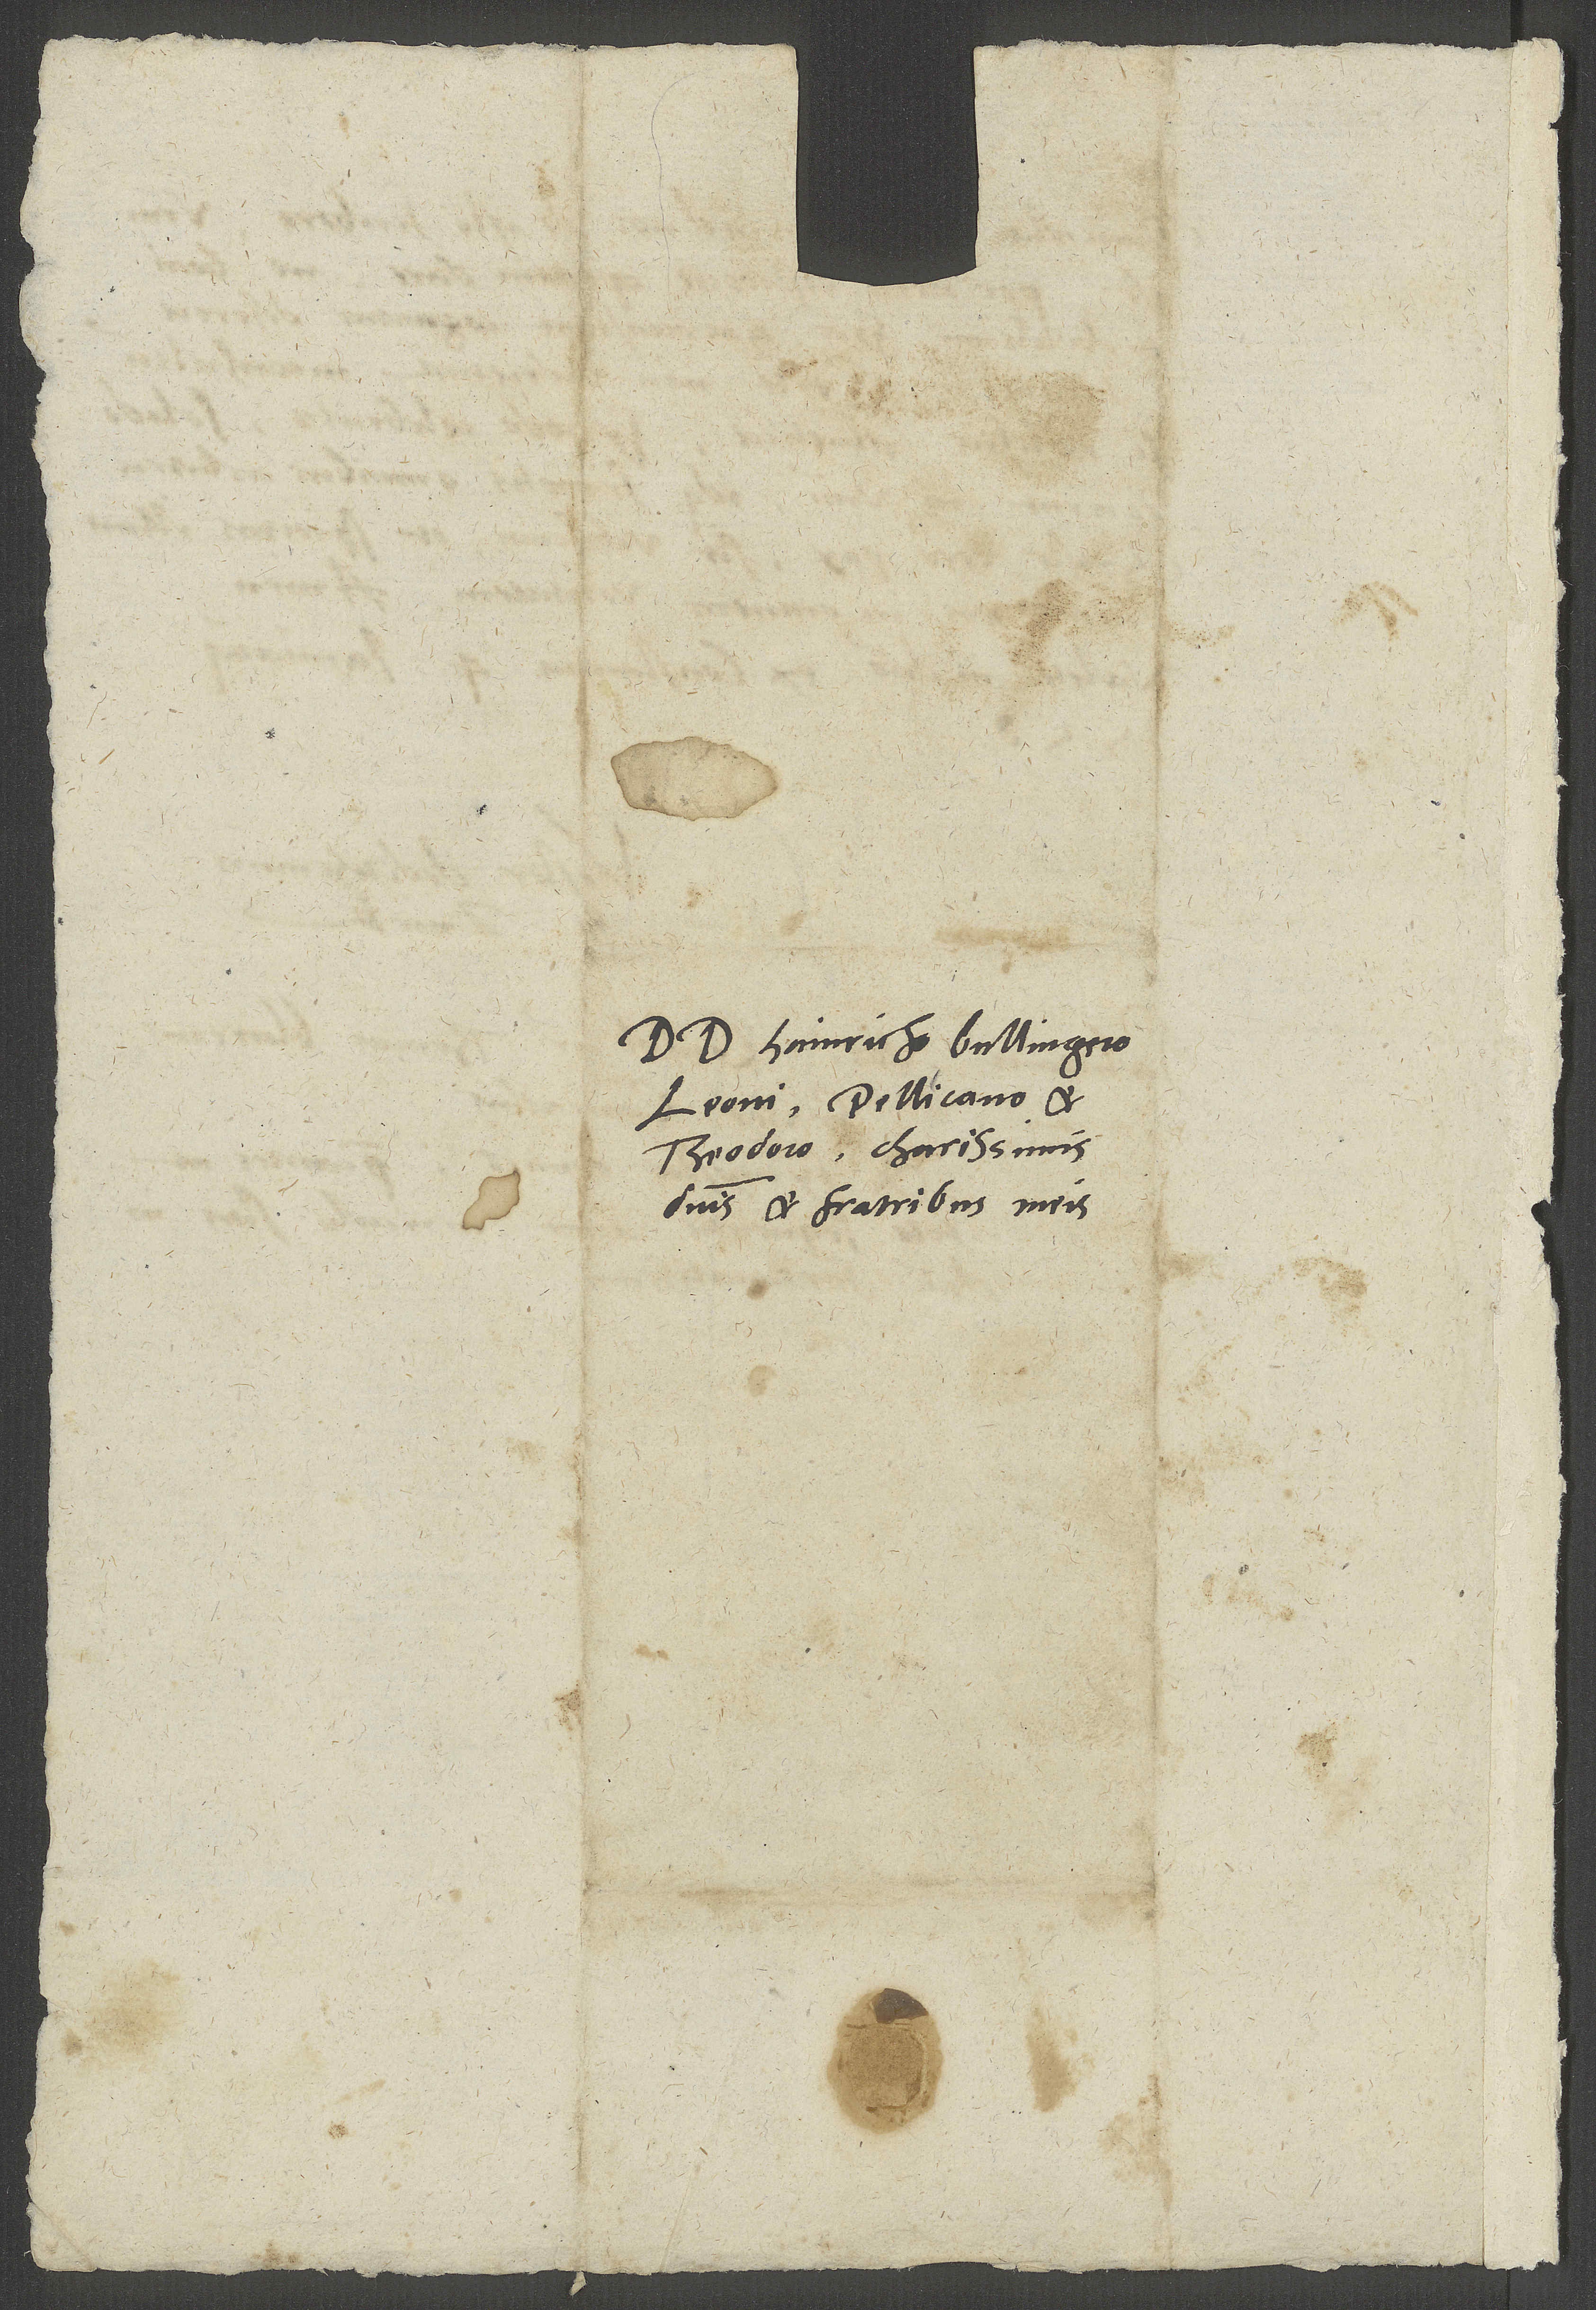
Dominis Hainricho Bullingero,
Leoni, Pellicano et
Theodoro, charissimis
dominis et fratribus meis.